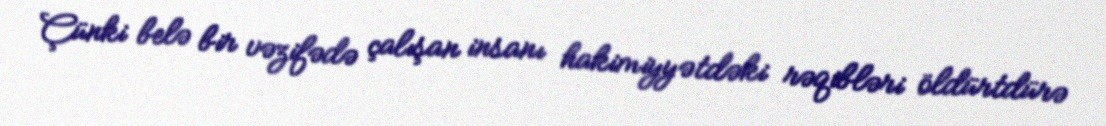
Çünki belə bir vəzifədə çalışan insanı hakimiyyətdəki rəqibləri öldürtdürə